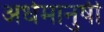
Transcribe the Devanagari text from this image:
अर्धमानुषी